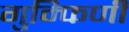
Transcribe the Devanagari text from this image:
गुम्फिणी